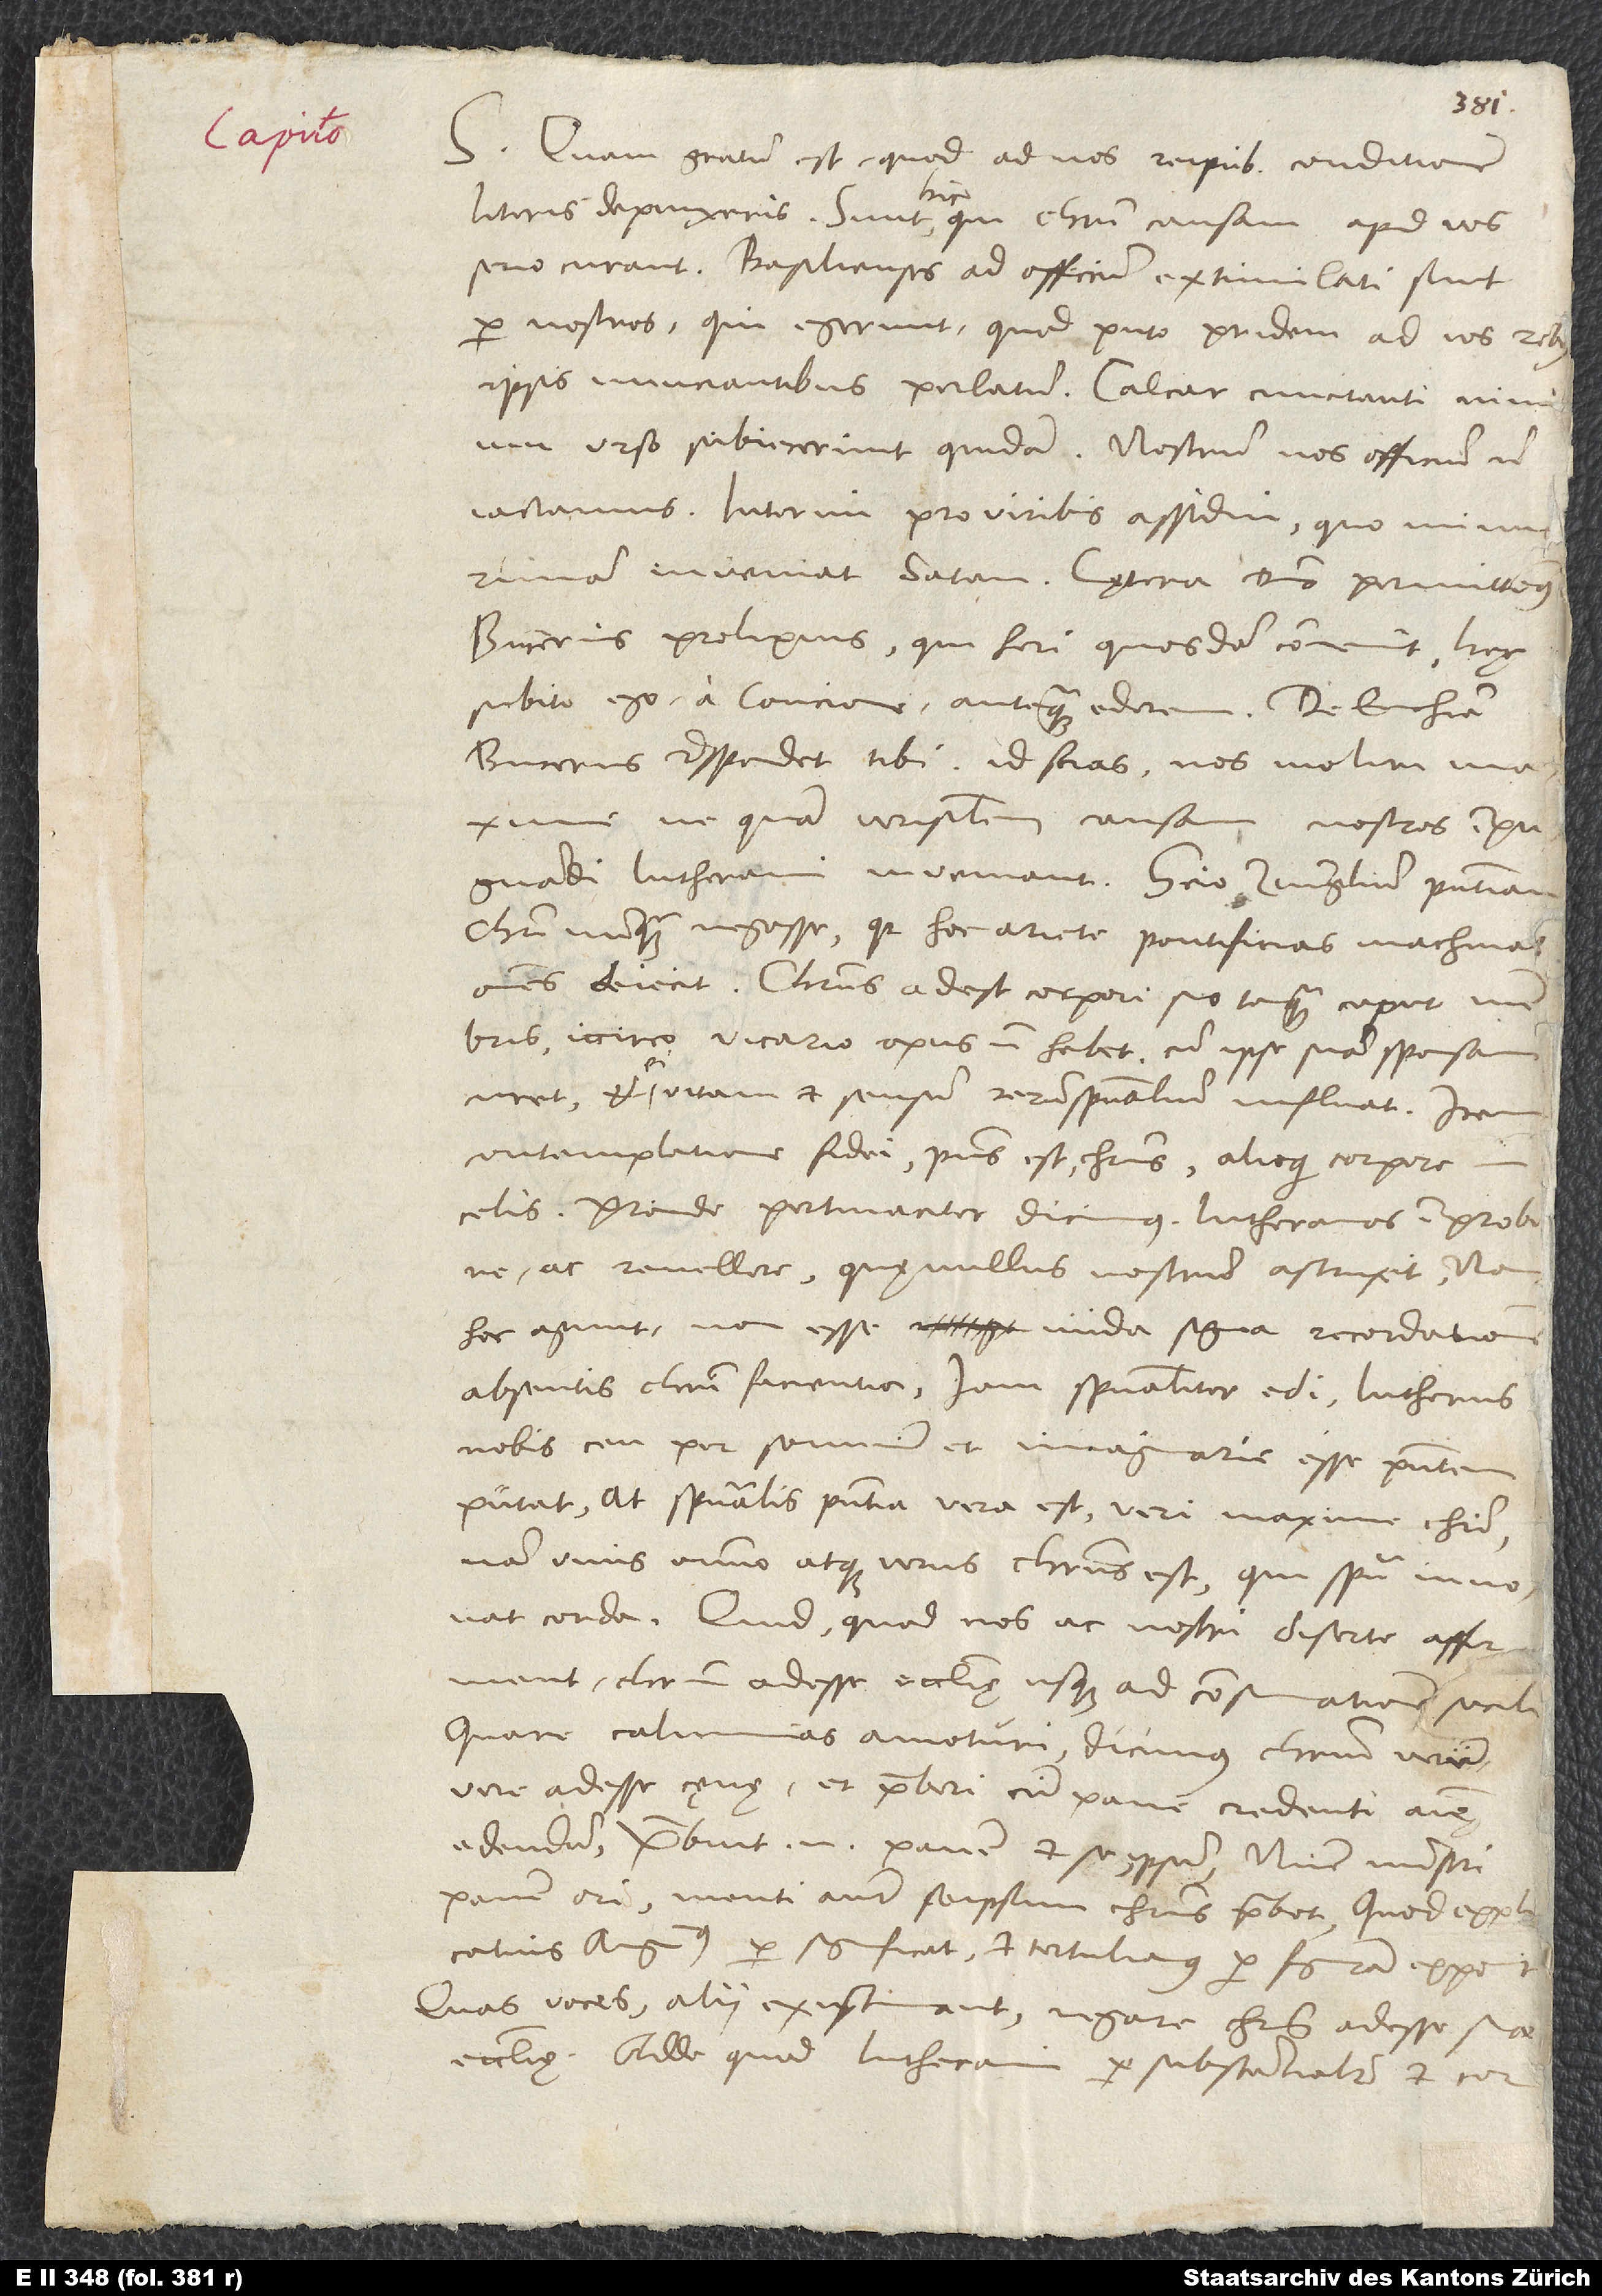
S. Quam gratum est, quod ad nos reipublicae conditionem
Hic
literis depinxeris. Sunt hic, qui Christi causam apud vos
serio curant. Basilienses ad officium extimulati sunt
per nostros, qui egerunt, quod puto pridem ad vos rebus
ipsis nunciantibus perlatum. Calcar cunctanti nimium
Urso subiecerunt quidam. Nostrum nos officium non
iactamus interim pro viribus assidui, quominus
inveniat satan. Caetera domino permittimus.
Bucerus prolixius, qui heri quosdam convenit. Haec
subito ego a concione antequam ederem. De eucharistia
Bucerus respondet tibi. Id scias, nos moliri maxime,
ne quam verisimilem causam nostros impugnandi
Lutherani inveniant. Scio Zuinglium praesentiam
Christi nunquam negasse, quia hoc ariete pontificias machinas
omnes deiecit. Christus adest corpori suo tanquam caput
Iccirco vicario opus non habet, cum ipse suam sponsam
curet et ei vitam et sensum rerum spiritualium influat. Item
contemplatione fidei praesens est Christus, alioqui corpore
celis. Proinde pertinaciter dicimus Lutheranos improbare
ac revellere, quę nullus nostrum astruxit. Nam
hoc agunt, non esse nuda signa recordationem
absentis Christi facientia, iam spiritualiter edi. Lutherus
nobis ceu per somnium et imaginarie esse praesentem
putat. At spiritualis praesentia vera est veri maxime Christi.
Nam unus omnino atque verus Christus est, qui spiritu innovat
corda. Quid, quod nos ac nostri diserte affirment
Christum adesse ecclesię usque ad consumationem seculi?
Quare calumnias amoturi dicimus, Christum verum
vere adesse caenae et praeberi cum pane credenti animę
edendum. Praebuit enim panem et se ipsum. Nunc ministri
panem ori, menti autem seipsum Christus praebet, quod explicatius
Augustinus per «significat», et Tertulianus per «figuram» exponit.
Quas voces alii existimant negare Christum adesse suae
ecclesiae. Adde, quod Lutherani per «substantialiter» et «corporaliter»